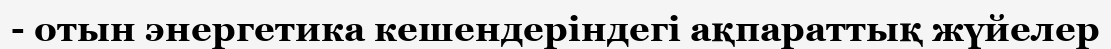
- отын энергетика кешендеріндегі ақпараттық жүйелер